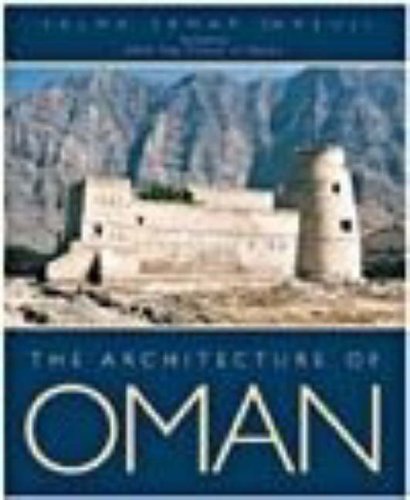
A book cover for The Architecture of Oman; Salma Samar Damluji; History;